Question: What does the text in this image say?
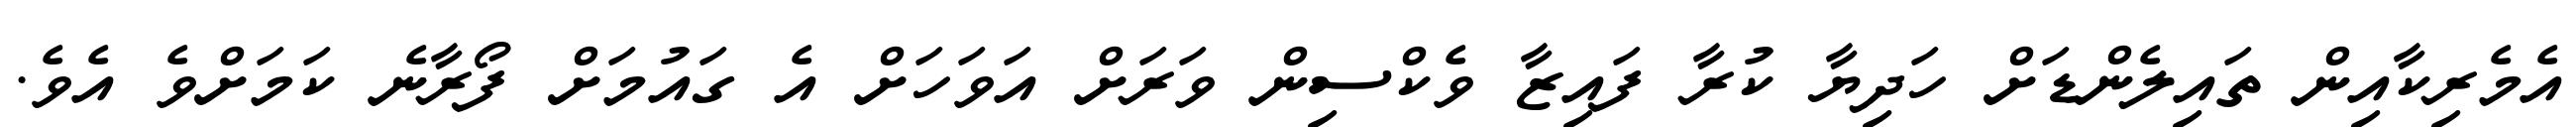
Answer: އެމެރިކާއިން ތައިލެންޑަށް ހަދިޔާ ކުރާ ފައިޒާ ވެކްސިން ވަރަށް އަވަހަށް އެ ގައުމަށް ފޯރާނެ ކަމަށްވެ އެވެ.